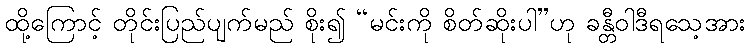
ထို့ကြောင့် တိုင်းပြည်ပျက်မည် စိုး၍ “မင်းကို စိတ်ဆိုးပါ”ဟု ခန္တီဝါဒီရသေ့အား